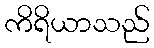
ကိရိယာသည်